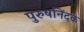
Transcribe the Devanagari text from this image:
पुरुषनिंदक